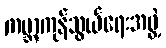
ကမ္ဘာ့ကုန်သွယ်ရေးအဖွဲ့